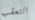
التعقب